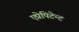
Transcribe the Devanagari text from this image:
एप्रेपिटेन्ट